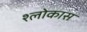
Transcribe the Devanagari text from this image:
श्लोकास